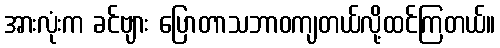
အားလုံးက ခင်ဗျား ပြောတာသဘာဝကျတယ်လို့ထင်ကြတယ်။